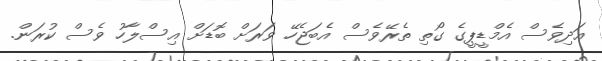
އަދިވެސް އެމްޑީޕީގެ ގޯތި ތެރޭވެސް އެބަޖެހޭ ވަރަށް ބޮޑަށް އިސްލާހު ވެސް ކުރަން.